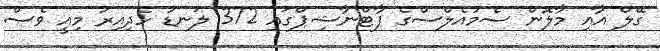
ގޭލް އާއި މާލޮން ސެމުއެލްސްގެ ޕާޓްނާޝިޕްގައި 372 ލަނޑު ހެދިއިރު މިއީ ވެސް